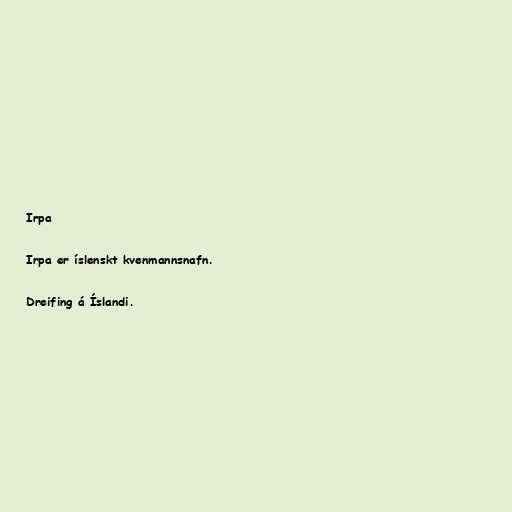
Irpa

Irpa er íslenskt kvenmannsnafn.

Dreifing á Íslandi.